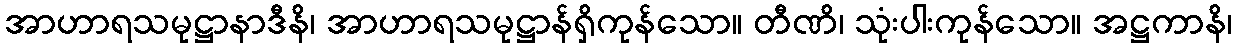
အာဟာရသမုဋ္ဌာနာဒီနိ၊ အာဟာရသမုဋ္ဌာန်ရှိကုန်သော။ တီဏိ၊ သုံးပါးကုန်သော။ အဋ္ဌကာနိ၊